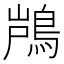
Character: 𮬵